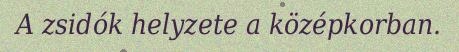
A zsidók helyzete a középkorban.